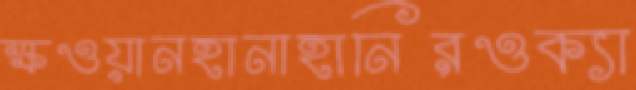
ক্ষওয়ানহানাহানিরওক্যা